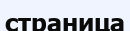
страница